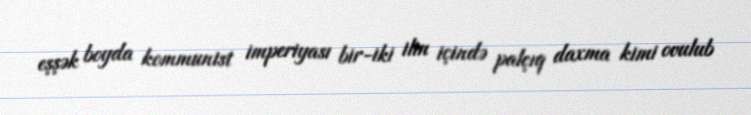
eşşək boyda kommunist imperiyası bir-iki ilin içində palçıq daxma kimi ovulub